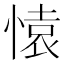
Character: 𮲊